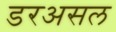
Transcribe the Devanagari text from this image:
डरअसल